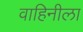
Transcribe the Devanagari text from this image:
वाहिनीला